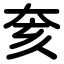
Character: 奒